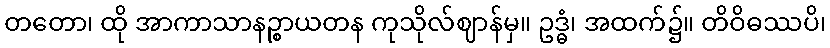
တတော၊ ထို အာကာသာနဉ္စာယတန ကုသိုလ်ဈာန်မှ။ ဥဒ္ဓံ၊ အထက်၌။ တိဝိဓဿပိ၊